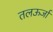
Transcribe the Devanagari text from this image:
तलऊर्जा